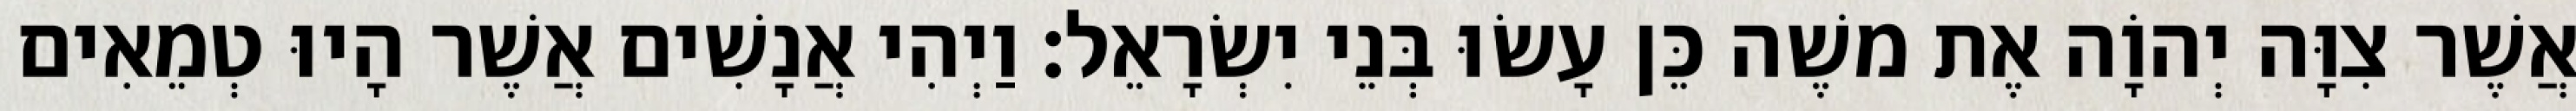
אֲשֶׁר צִוָּה יְהוָֹה אֶת משֶׁה כֵּן עָשׂוּ בְּנֵי יִשְׂרָאֵל׃ וַיְהִי אֲנָשִׁים אֲשֶׁר הָיוּ טְמֵאִים